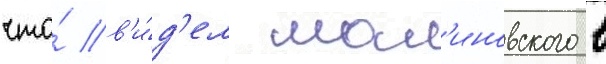
что́ в'и́д'ел мал'иновского в